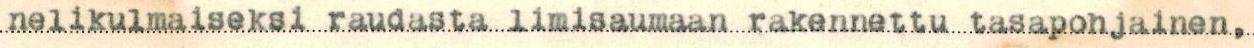
nelikulmaiseksi raudasta limisaumaan rakennettu tasapohjainen,